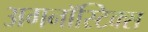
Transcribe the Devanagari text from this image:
अगनॉस्टिक्स